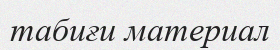
табиғи материал